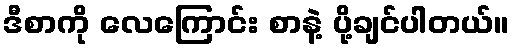
ဒီစာကို လေကြောင်း စာနဲ့ ပို့ချင်ပါတယ်။